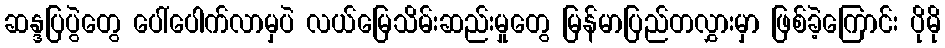
ဆန္ဒပြပွဲတွေ ပေါ်ပေါက်လာမှပဲ လယ်မြေသိမ်းဆည်းမှုတွေ မြန်မာပြည်တလွှားမှာ ဖြစ်ခဲ့ကြောင်း ပိုမို